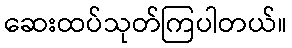
ဆေးထပ်သုတ်ကြပါတယ်။